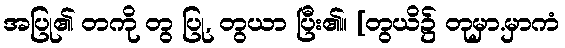
အပြု၏ တကို တွ ပြု, တွယာ ပြီး၏။ [တွယိ၌ တုမှာ.မှာကံ